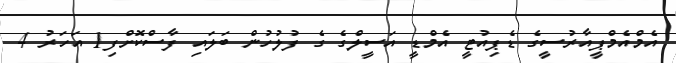
އެމްއެމްޕީއާރުސީގެ ޑެޕިއުޓީ އެމްޑީ އަސީލްގެ ގެ ފުލުހުން ބަލައި ފާސްކޮށްފި1 އަހަރު 4